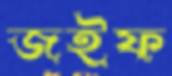
জইফ